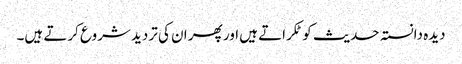
دیدہ دانستہ حدیث کو ٹکراتے ہیں اور پھر ان کی تردید شروع کرتے ہیں۔